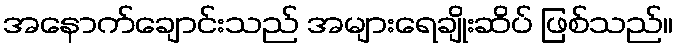
အနောက်ချောင်းသည် အများရေချိုးဆိပ် ဖြစ်သည်။